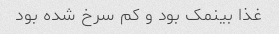
غذا بینمک بود و کم سرخ شده بود